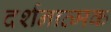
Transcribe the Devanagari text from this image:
दर्शनात्मक